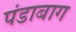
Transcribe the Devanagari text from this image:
पंडाबाग